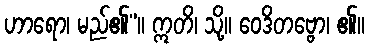
ဟာရော၊ မည်၏”။ ဣတိ၊ သို့။ ဝေဒိတဗ္ဗော၊ ၏။